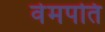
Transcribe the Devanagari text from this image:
वेमपति